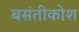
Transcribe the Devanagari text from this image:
बसंतीकोश